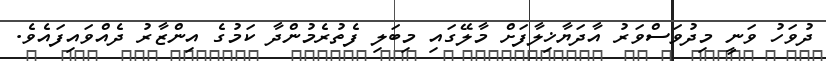
ދުވަހު ވަނީ މިދުވަސްވަރު އާދަޔާޚިލާފަށް މާލޭގައި މިބަލި ފެތުރެމުންދާ ކަމުގެ އިންޒާރު ދެއްވައިފައެވެ.